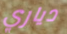
دياري